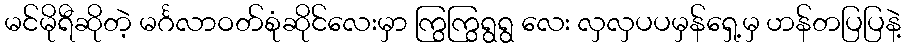
မင်မိုရီဆိုတဲ့ မင်္ဂလာဝတ်စုံဆိုင်လေးမှာ ကြွကြွရွရွ လေး လှလှပပမှန်ရှေ့မှ ဟန်တပြပြနဲ့